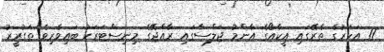
11 އަހަރުގެ ތެރޭގައި އީކާއޯގެ އާންމު ޖަލްސާގައި ރާއްޖޭގެ މިނިސްޓަރަކު ބައިވެރިވެ ތަގުރީރު